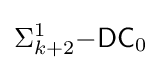
\Sigma _{k+2}^{1}{\mathsf {-DC}}_{0}